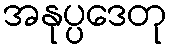
အနုပ္ပဒေတု